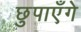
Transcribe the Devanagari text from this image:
छुपाएँगे